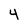
Character: 4